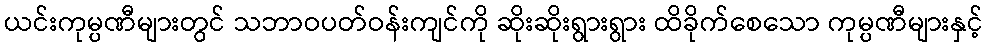
ယင်းကုမ္ပဏီများတွင် သဘာဝပတ်ဝန်းကျင်ကို ဆိုးဆိုးရွားရွား ထိခိုက်စေသော ကုမ္ပဏီများနှင့်